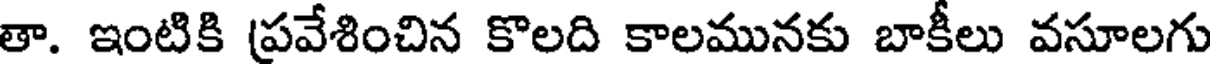
తా. ఇంటికి (ప్రవేశించిన కొలది కాలమునకు బాకీలు వసూలగు